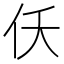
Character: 仸